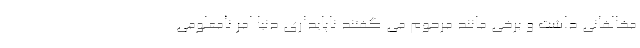
مخالفانی داشت و برخی مانند مرحوم می گفتند ناپایداری دنیا امر نامعلومی